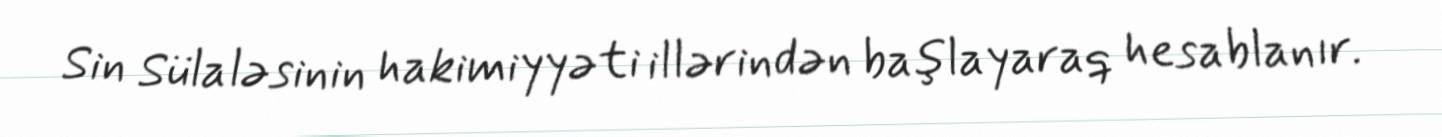
Sin Sülaləsinin hakimiyyəti illərindən başlayaraq hesablanır.